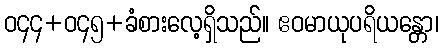
ဝ၄၄+ဝ၄၅+ခံစားလေ့ရှိသည်။ ဧဝမာယုပရိယန္တော၊